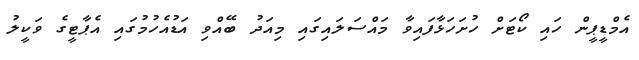
އެމްޑީޕީން ހައި ކޯޓަށް ހުށަހަޅާފައިވާ މައްސަލައިގައި މިއަދު ބޭއްވި އަޑުއެހުމުގައި އެޕާޓީގެ ވަކީލު